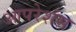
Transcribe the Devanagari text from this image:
आपरेशंस